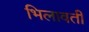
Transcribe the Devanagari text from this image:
भिलावती